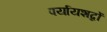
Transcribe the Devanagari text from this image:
पर्यायशब्दों